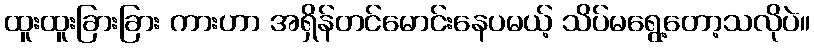
ထူးထူးခြားခြား ကားဟာ အရှိန်တင်မောင်းနေပမယ့် သိပ်မရွေ့တော့သလိုပဲ။